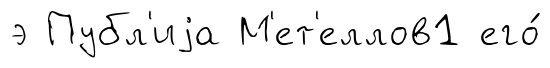
э Публ'иjа М'ет'еллов1 его́